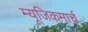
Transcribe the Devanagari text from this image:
म्यूजिकमार्च